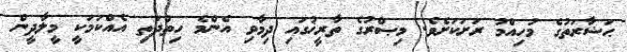
ޙަޟާރަތުގެ މުހިއްމު ރަށަކަށެވެ. މިޞްރުގެ ތާރީޚުގައި ދިމާވި އެންމެ ހިތްދަތި އެއްކަމަކީ މީލާދީން